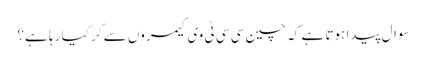
سوال پیدا ہوتا ہے کہ چین سی سی ٹی وی کیمروں سے کر کیا رہا ہے؟